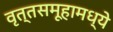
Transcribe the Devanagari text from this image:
वृत्तसमूहामध्ये